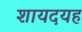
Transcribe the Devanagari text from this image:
शायदयह